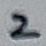
Text: 2